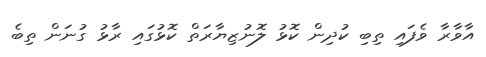
އާވާރާ ވެފައި ތިބި ކުދިން ކޮޅު ލޮނުޒިޔާރަތް ކޮޅުގައި ރާޅު ގުނަން ތިބެ